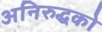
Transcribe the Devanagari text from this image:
अनिरुद्धको